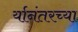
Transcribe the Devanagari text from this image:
र्यानंतरच्या